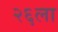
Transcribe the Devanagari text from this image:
२६ला